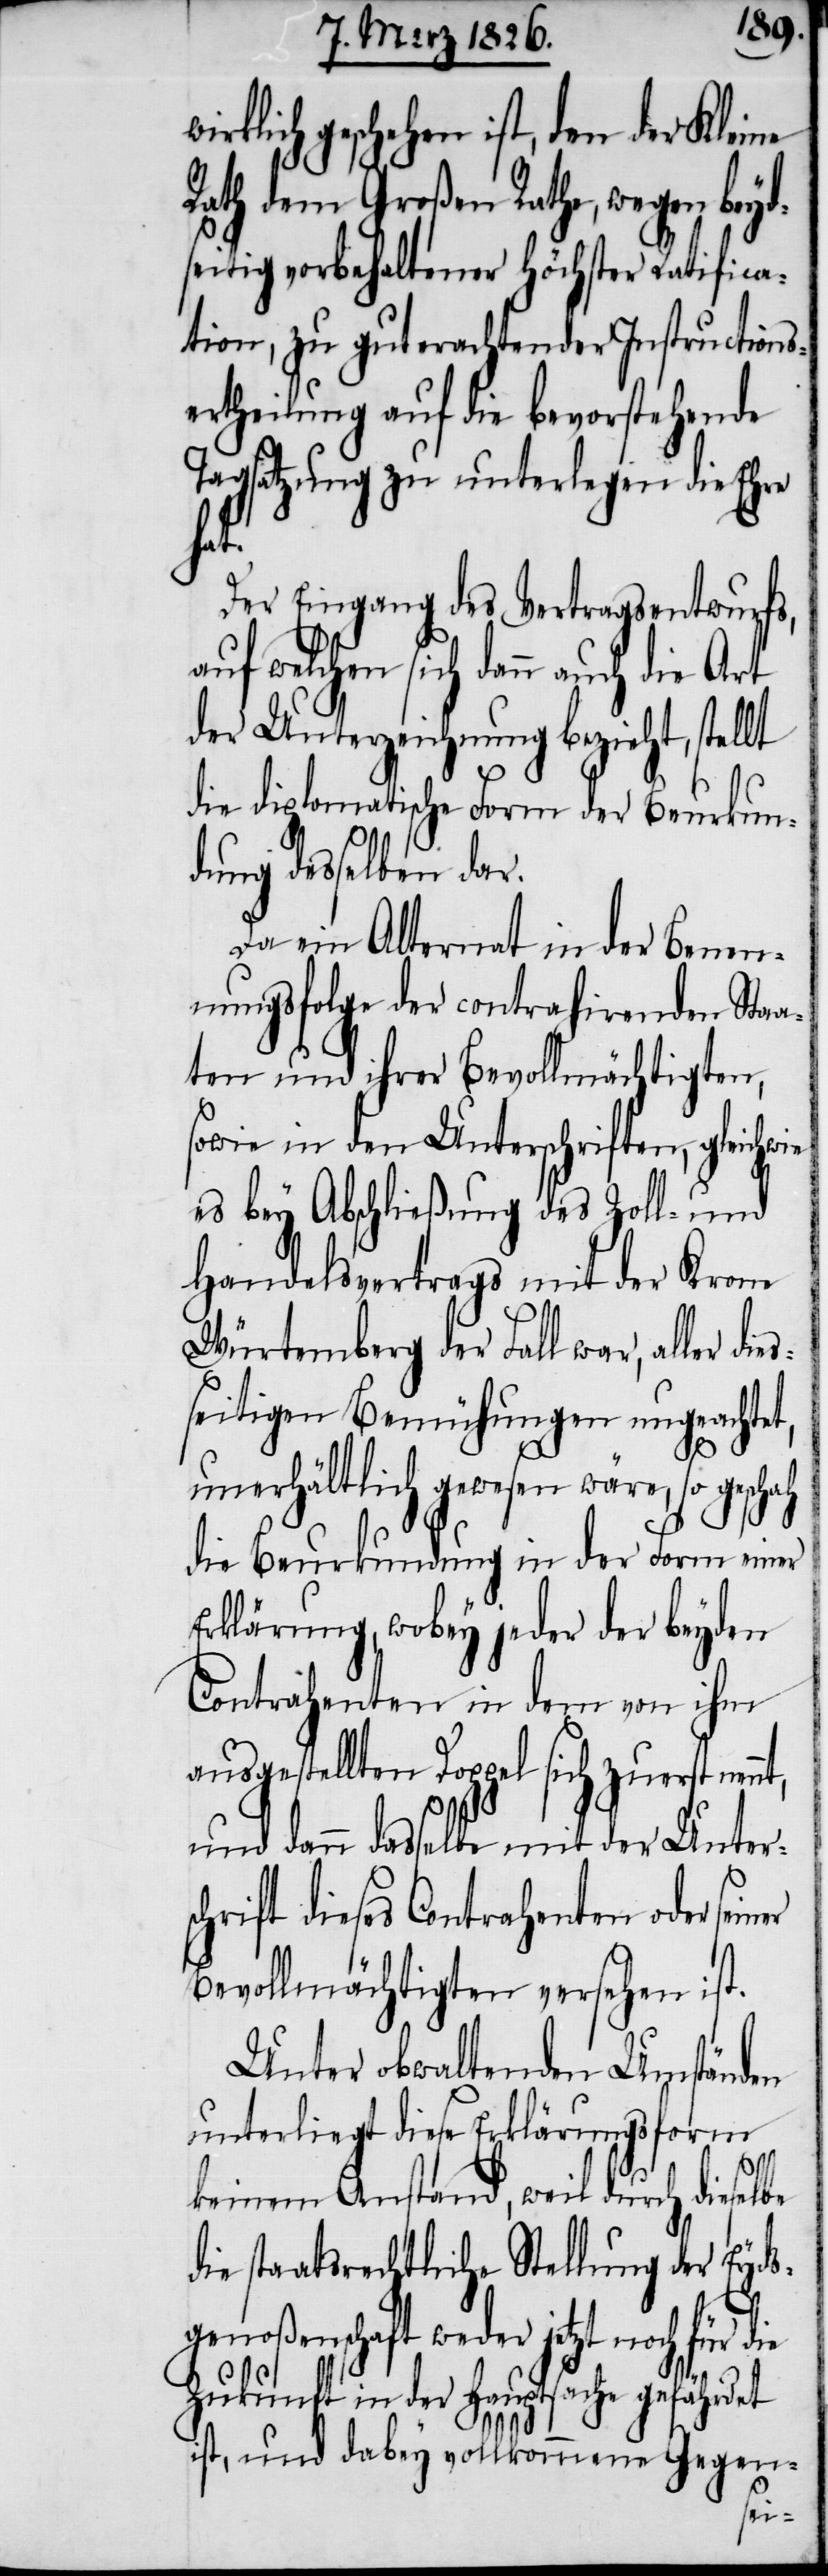
geschehen ist, den der Klei¬
Rath dem Großen Rathe, wegen bey¬
seitig vorbehaltener höchster Ratifica¬
tion, zu gut erachtender Instructi¬
ertheilung auf die bevorstehende
Tagsatzung zu unterlegen die Ehre
nt,
Der Eingang des Vertragsentwurfs,
auf welchen sich dann auch die
der Unterzeichnung bezieht, stellt
die diplomatische Form der Beurkun¬
dung desselben dar.
Da ein Alternat in der Benen¬
nungsfolge der contrahirenden Staa¬
ten und ihrer Bevollmächtigten,
sowie in den Unterschriften, gleichw¬
es bey Abschließung des Zoll- und
Handelsvertrags mit der Krone
Würtemberg der Fall war, aller
seitigen Bemühungen ungeachtet,
be
dies¬
unerhältlich gewesen wäre, so geschah
die Beurkundung in der Form einer
Erklärung, wobey jeder der beyden
Contrahenten in dem von ihm
ausgestellten Doppel sich zuerst nen¬
und dann dasselbe mit der Unters¬
chrift dieses Contrahenten oder
Bevollmächtigten versehen ist.
Unter obwaltenden Umständen
unterliegt diese Erklärungsform
keinem Anstand, weil durch diesel¬
die staatsrechtliche Stellung der Eyds¬
genoßenschaft weder jetzt noch für die
Zukunft in der Hauptsache gefährdet
ist, und dabey vollkommene Gegen-
ie